Leaving Certificate Examination, 1903
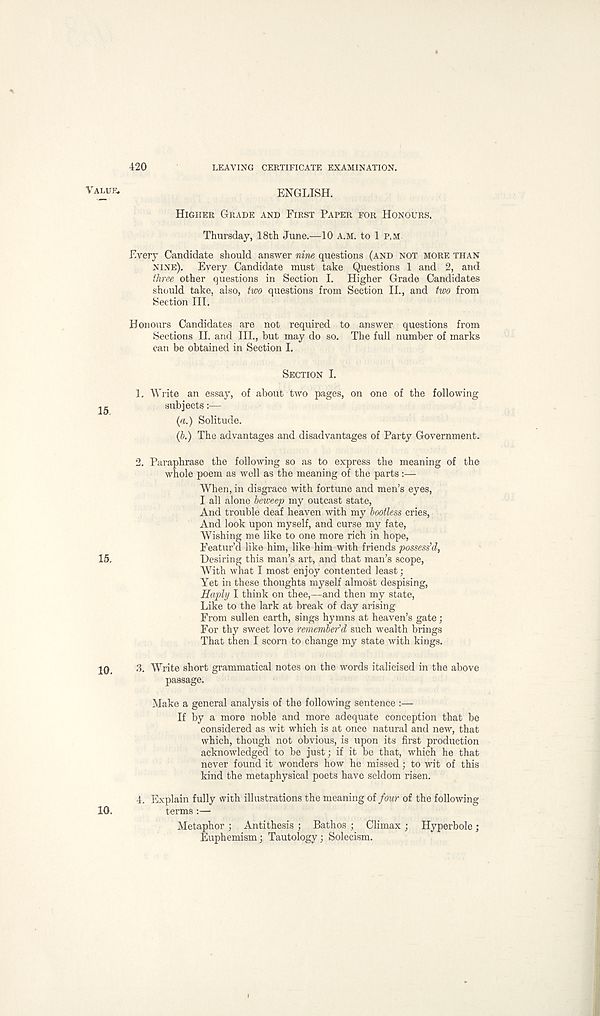
420
LEAVING CERTIFICATE EXAMINATION.
VALUE.
ENGLISH.
HIGHER GRADE AND FIRST PAPER FOR HONOURS.
Thursday, 18th June.—10 A.M. to 1 P.M
Every Candidate should answer nine questions (AND NOT MORE THAN
NINE).
Every Candidate must take Questions 1 and 2, and
three other questions in Section I. Higher Grade Candidates
should take, also, two questions from Section II., and two from
Section III.
Honours Candidates are not required to answer questions from
Sections II. and III., but may do so. The full number of marks
can be obtained in Section I.
SECTION I.
1. Write an essay, of about two pages, on one of the following
jg
subjects:—
(a.) Solitude.
(b.) The advantages and disadvantages of Party Government.
2. Paraphrase the following so as to express the meaning of the
whole poem as well as the meaning of the parts :—
When, in disgrace with fortune and men’s eyes,
I all alone beweep my outcast state,
And trouble deaf heaven with my bootless cries,
And look upon myself, and curse my fate,
Wishing me like to one more rich in hope,
Featur’d like him, like him with friends possess'd,
15,
Desiring this man’s art, and that man’s scope,
With what I most enjoy contented least;
Yet in these thoughts myself almost despising,
Haply I think on thee,—and then my state,
Like to the lark at break of day arising
From sullen earth, sings hymns at heaven’s gate;
For thy sweet love remember'd such wealth brings
That then I scorn to change my state with kings.
10.
3. Write short grammatical notes on the words italicised in the above
passage.
Make a general analysis of the following sentence :—
If by a more noble and more adequate conception that be
considered as wit which is at once natural and new, that
which, though not obvious, is upon its first production
acknowledged to be just • if it be that, which he that
never found it wonders how he missed; to wit of this
kind the metaphysical poets have seldom risen.
4. Explain fully with illustrations the meaning of four of the following
10.
terms :—
Metaphor ; Antithesis ; Bathos ; Climax ; Hyperbole;
Euphemism; Tautology; Solecism.